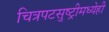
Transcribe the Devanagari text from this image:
चित्रपटसुष्ट्रीमध्येही